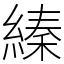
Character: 縥